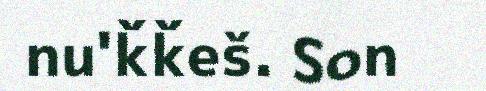
nu'ǩǩeš. Son